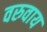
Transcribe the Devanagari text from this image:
वरुवाय